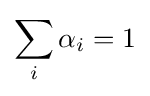
\sum _{i}\alpha _{i}=1